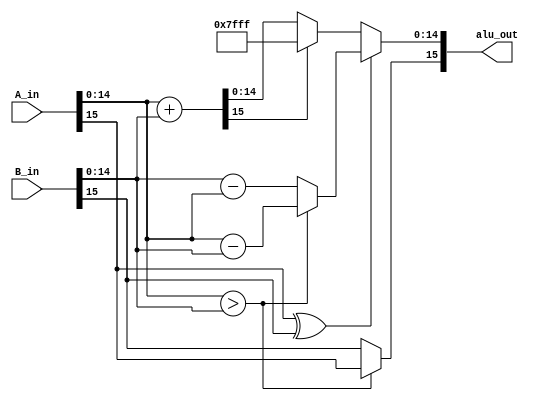
module adder_fixed_int16(A_in, B_in, alu_out);
    parameter WIDTH = 16;
    
    input [WIDTH-1:0] A_in, B_in;
    output [WIDTH-1:0] alu_out;

    wire a_sign = A_in[15];
    wire [14:0] a_num = A_in[14:0];
    wire b_sign = B_in[15];
    wire [14:0] b_num = B_in[14:0];
    
    wire [14:0] a_minus_b = a_num - b_num;
    wire [14:0] b_minus_a = b_num - a_num;
    wire [15:0] a_plus_b = a_num + b_num;
    wire overflow = a_plus_b[15];
    wire a_bigger = a_num > b_num;

    wire [14:0] diff = a_bigger ? a_minus_b : b_minus_a;
    
    wire sign_out = a_bigger ? a_sign : b_sign;
    
    wire[14:0] num_out = a_sign ^ b_sign ? diff : 
                         overflow ? 15'h7fff : a_plus_b;
    
    assign alu_out = {sign_out, num_out};

endmodule //systolic alu